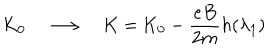
LaTeX: \mathrm { K } _ { 0 } \quad \longrightarrow \quad \mathrm { K } = \mathrm { K } _ { 0 } - \frac { e B } { 2 m } h ( \lambda _ { 1 } )